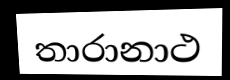
තාරානාථ